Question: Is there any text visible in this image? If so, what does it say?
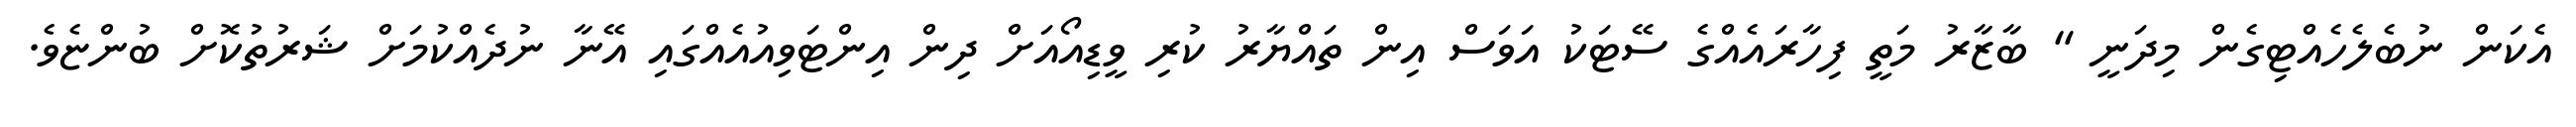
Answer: އެކަން ނުބެލެހެއްޓިގެން މިދަނީ " ބާޒާރު މަތީ ފިހާރައެއްގެ ސޭޓަކު އަވަސް އިން ތައްޔާރު ކުރި ވީޑިއޯއަށް ދިން އިންޓަވިއުއެއްގައި އޭނާ ނުދެއްކުމަށް ޝަރުތުކޮށް ބުންޏެވެ.